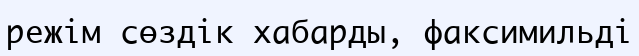
режім сөздік хабарды, факсимильді